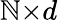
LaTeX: \mathbb{N}{\times}d